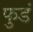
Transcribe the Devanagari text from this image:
फुडं